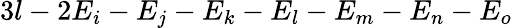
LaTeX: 3l-2E_{i}-E_{j}-E_{k}-E_{l}-E_{m}-E_{n}-E_{o}